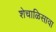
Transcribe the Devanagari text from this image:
शेचाळिसावा